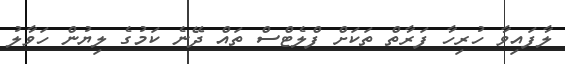
ލާފައިވާ ހުރިހާ ފަރާތް ތަކަށް ފްލެޓްސް ތައް ދޭނެ ކަމުގެ ލިޔުން ހަވާލު